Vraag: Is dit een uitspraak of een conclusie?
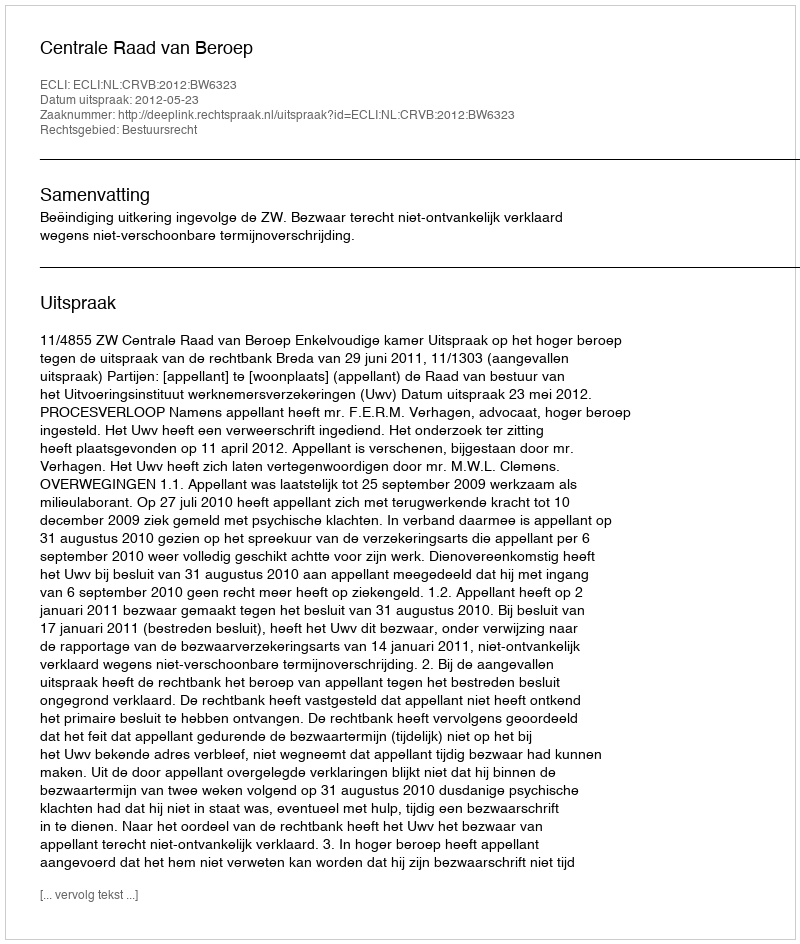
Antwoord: Uitspraak